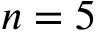
n = 5